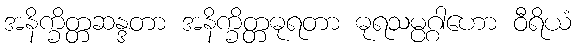
အနိက္ခိတ္တဆန္ဒတာ အနိက္ခိတ္တဓုရတာ ဓုရသမ္ပဂ္ဂါဟော ဝီရိယံ